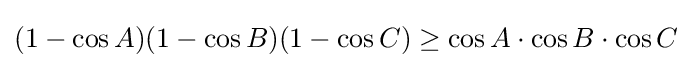
(1-\cos A)(1-\cos B)(1-\cos C)\geq \cos A\cdot \cos B\cdot \cos C